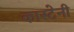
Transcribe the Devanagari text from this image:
कास्टेनी